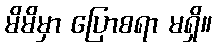
မိမိမှာ ပြောစရာ မရှိ။